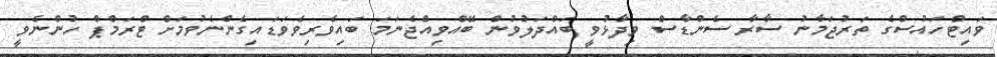
ވައިޓްހައުސްގެ ތަރުޖަމާނު ސާރާ ސެންޑާސް ވިދާޅުވީ ބައްދަލުވުން ބޭއްވިއްޖެނަމަ ބައިވެރިވެވަޑައިގެންނެވުމަށް ޓްރަމްޕް ހުންނެވީ